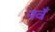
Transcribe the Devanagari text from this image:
नवँ